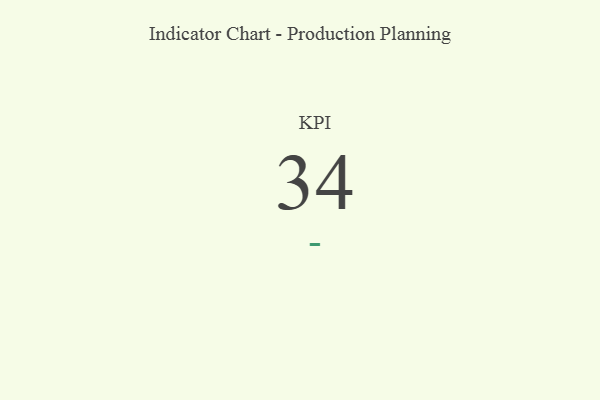
{"axis": {"x": "KPI", "y": "Value"}, "legend": [""], "data": [{"x": "KPI", "y": 34, "type": ""}]}